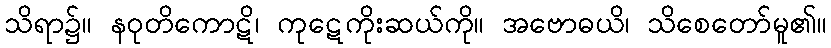
သိရာ၌။ နဝုတိကောဋိ၊ ကုဋေကိုးဆယ်ကို။ အဗောဓယိ၊ သိစေတော်မူ၏။